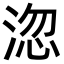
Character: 淴